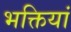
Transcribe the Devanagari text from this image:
भक्तियां